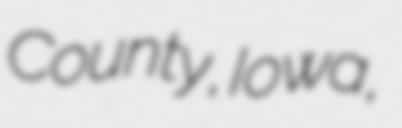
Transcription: County, Iowa,